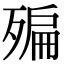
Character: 𣩀